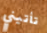
تأتيني